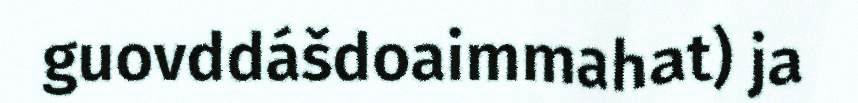
guovddášdoaimmahat) ja